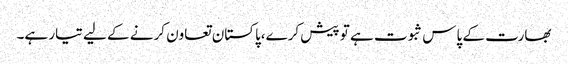
بھارت کے پاس ثبوت ہے تو پیش کرے،پاکستان تعاون کرنے کے لیے تیار ہے۔